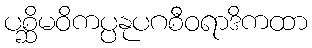
ပစ္ဆိမဝိကပ္ပနုပဂစီဝရာဒိကထာ